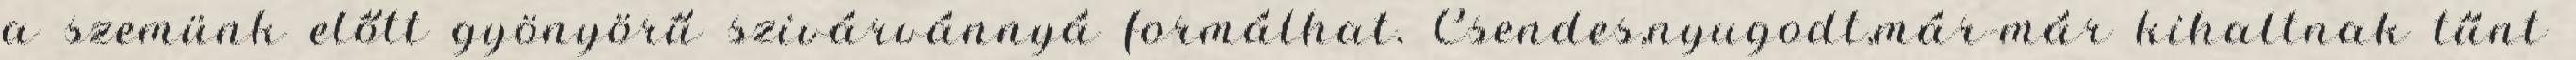
a szemünk előtt gyönyörű szivárvánnyá formálhat. Csendes,nyugodt,már-már kihaltnak tűnt